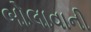
બોલાવાની